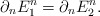
\begin{align*}\partial_n E_1^n = \partial_n E_2^n.\end{align*}